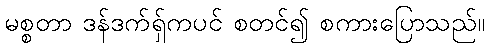
မစ္စတာ ဒန်ဒက်ရှ်ကပင် စတင်၍ စကားပြောသည်။